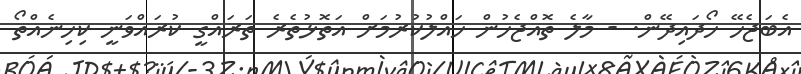
އެބަޖެހޭ ހޯދައިދޭން. - މާލެ ތޮއްޖެހުން ހައްލުކުރުމަށް އަތޮޅުތެރެ ތަރައްގީ ކުރައްވަނީ ކިހިނެއްތޯ